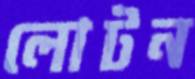
লোটন